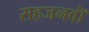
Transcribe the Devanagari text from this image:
सहजनवॉं